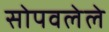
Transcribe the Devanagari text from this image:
सोपवलेले